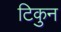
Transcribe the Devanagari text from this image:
टिकुन